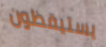
يستيقظون